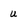
Character: u